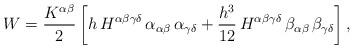
LaTeX: \begin{align*} W = \frac{K^{\alpha \beta}}{2} \left[h \, H^{\alpha \beta \gamma \delta} \, \alpha_{\alpha \beta} \, \alpha_{\gamma \delta} + \frac{h^3}{12} \, H^{\alpha \beta \gamma \delta} \, \beta_{\alpha \beta} \, \beta_{\gamma \delta} \right] ,\end{align*}